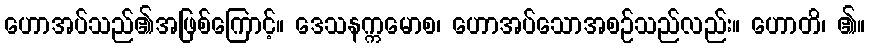
ဟောအပ်သည်၏အဖြစ်ကြောင့်။ ဒေသနက္ကမောစ၊ ဟောအပ်သောအစဉ်သည်လည်း။ ဟောတိ၊ ၏။